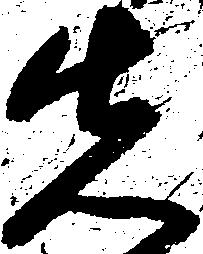
先